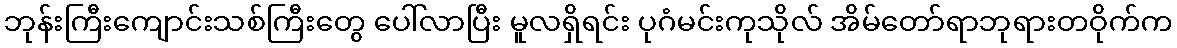
ဘုန်းကြီးကျောင်းသစ်ကြီးတွေ ပေါ်လာပြီး မူလရှိရင်း ပုဂံမင်းကုသိုလ် အိမ်တော်ရာဘုရားတဝိုက်က